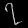
Digit: ၇